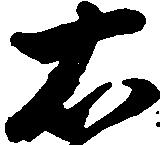
右